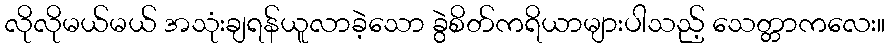
လိုလိုမယ်မယ် အသုံးချရန်ယူလာခဲ့သော ခွဲစိတ်ကရိယာများပါသည့် သေတ္တာကလေး။